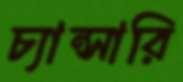
চ্যান্সারি